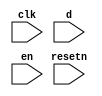
//copilot mean_prob: 0.590859383967295
//This file was assembled by gen.py, written by redactedAuthorFirstname redactedAuthorLastname.
module jtag
(
    input clk,
    input resetn,
    input d,
    input en
);

reg lock_jtag_status;

//set lock_jtag high when d and en are high
//-copilot next line-
//copilot mean_prob: 0.590859383967295

always @(posedge clk)
    lock_jtag_status <= ~(d & en);
//unset lock_jtag high when en is low
always @(negedge en)
    lock_jtag_status <= resetn;



endmodule